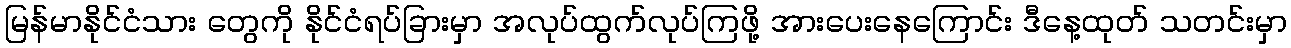
မြန်မာနိုင်ငံသား တွေကို နိုင်ငံရပ်ခြားမှာ အလုပ်ထွက်လုပ်ကြဖို့ အားပေးနေကြောင်း ဒီနေ့ထုတ် သတင်းမှာ